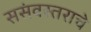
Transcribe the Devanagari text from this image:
ससंवस्तराचे